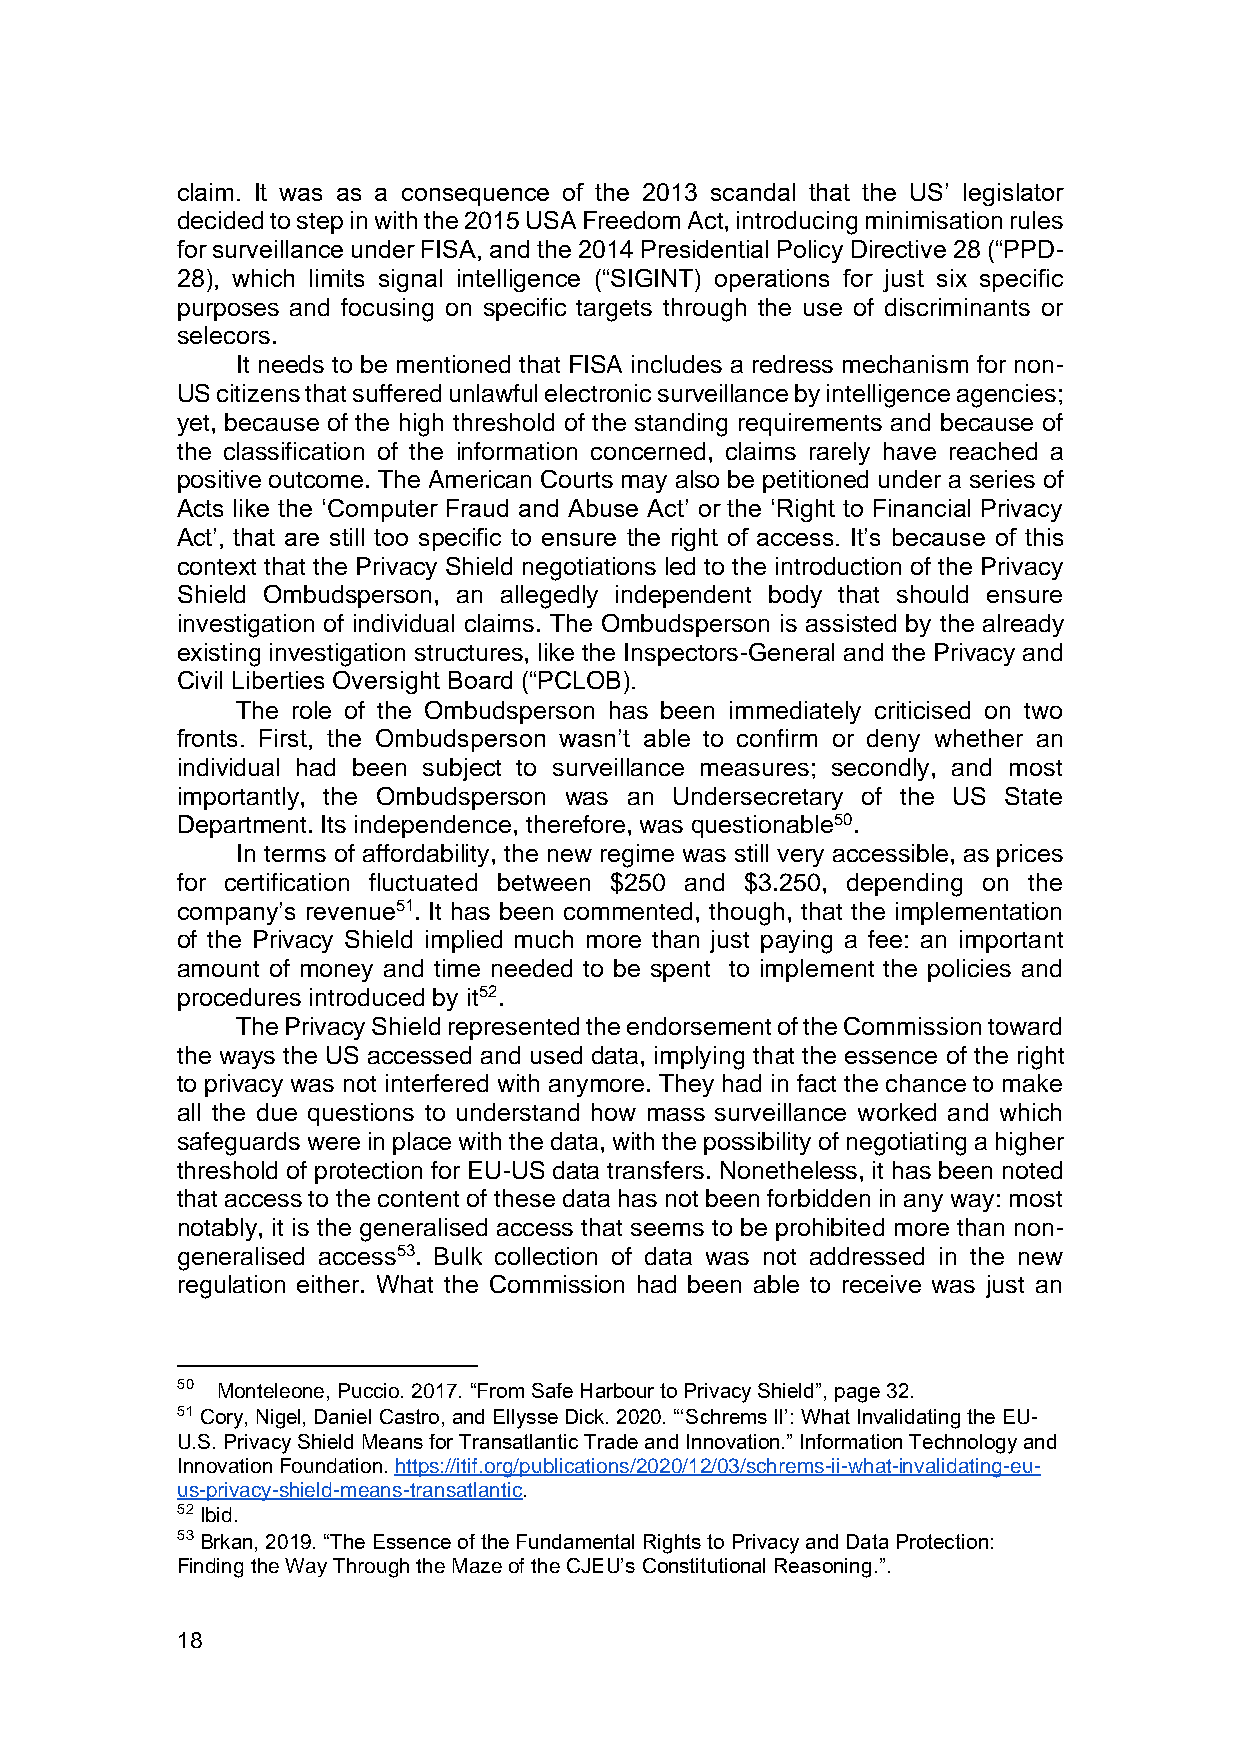
claim. It was as a consequence of the 2013 scandal that the US’ legislator
 decided to step in with the 2015 USA Freedom Act, introducing minimisation rules
 for surveillance under FISA, and the 2014 Presidential Policy Directive 28 (“PPD-
 28), which limits signal intelligence (“SIGINT) operations for just six specific
 purposes and focusing on specific targets through the use of discriminants or
 selecors.
 It needs to be mentioned that FISA includes a redress mechanism for non-
 US citizens that suffered unlawful electronic surveillance by intelligence agencies;
 yet, because of the high threshold of the standing requirements and because of
 the classification of the information concerned, claims rarely have reached a
 positive outcome. The American Courts may also be petitioned under a series of
 Acts like the ‘Computer Fraud and Abuse Act’ or the ‘Right to Financial Privacy
 Act’, that are still too specific to ensure the right of access. It’s because of this
 context that the Privacy Shield negotiations led to the introduction of the Privacy
 Shield Ombudsperson, an allegedly independent body that should ensure
 investigation of individual claims. The Ombudsperson is assisted by the already
 existing investigation structures, like the Inspectors-General and the Privacy and
 Civil Liberties Oversight Board (“PCLOB).
 The role of the Ombudsperson has been immediately criticised on two
 fronts. First, the Ombudsperson wasn’t able to confirm or deny whether an
 individual had been subject to surveillance measures; secondly, and most
 importantly, the Ombudsperson was an Undersecretary of the US State
 Department. Its independence, therefore, was questionable50.
 In terms of affordability, the new regime was still very accessible, as prices
 for certification fluctuated between $250 and $3.250, depending on the
 company’s revenue51. It has been commented, though, that the implementation
 of the Privacy Shield implied much more than just paying a fee: an important
 amount of money and time needed to be spent to implement the policies and
 procedures introduced by it52.
 The Privacy Shield represented the endorsement of the Commission toward
 the ways the US accessed and used data, implying that the essence of the right
 to privacy was not interfered with anymore. They had in fact the chance to make
 all the due questions to understand how mass surveillance worked and which
 safeguards were in place with the data, with the possibility of negotiating a higher
 threshold of protection for EU-US data transfers. Nonetheless, it has been noted
 that access to the content of these data has not been forbidden in any way: most
 notably, it is the generalised access that seems to be prohibited more than non-
 generalised access53. Bulk collection of data was not addressed in the new
 regulation either. What the Commission had been able to receive was just an
 50 Monteleone, Puccio. 2017. “From Safe Harbour to Privacy Shield”, page 32.
 51 Cory, Nigel, Daniel Castro, and Ellysse Dick. 2020. “‘Schrems II’: What Invalidating the EU-
 U.S. Privacy Shield Means for Transatlantic Trade and Innovation.” Information Technology and
 Innovation Foundation. https://itif.org/publications/2020/12/03/schrems-ii-what-invalidating-eu-
 us-privacy-shield-means-transatlantic.
 52 Ibid.
 53 Brkan, 2019. “The Essence of the Fundamental Rights to Privacy and Data Protection:
 Finding the Way Through the Maze of the CJEU’s Constitutional Reasoning.”.
 18